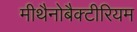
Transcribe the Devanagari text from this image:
मीथैनोबैक्टीरियम